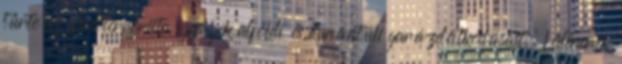
tűrte az fehérterrorista egységek alföldi és dunántúli garázdálkodásait. Lédererék